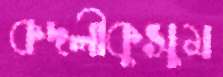
কদলীকুসুম